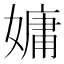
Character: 嫞